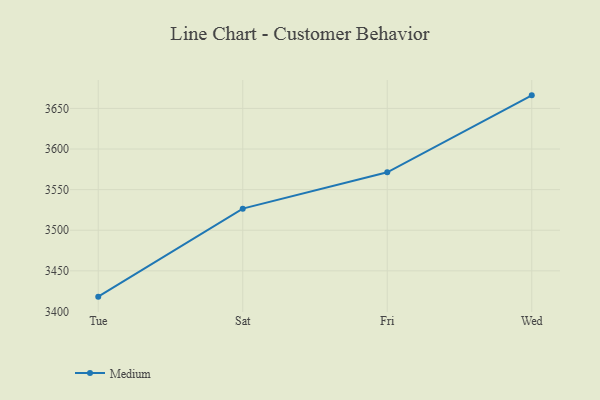
{"axis": {"x": "Day", "y": "Population (Million)"}, "legend": ["Medium"], "data": [{"x": "Tue", "y": 3418.2, "type": "Medium"}, {"x": "Sat", "y": 3526.6, "type": "Medium"}, {"x": "Fri", "y": 3571.3, "type": "Medium"}, {"x": "Wed", "y": 3666.1, "type": "Medium"}]}